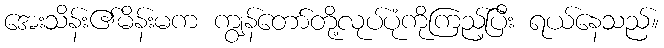
အေးသိန်း၏မိန်းမက ကျွန်တော်တို့လုပ်ပုံကိုကြည့်ပြီး ရယ်နေသည်။